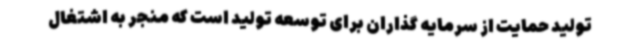
تولید حمایت از سرمایه گذاران برای توسعه تولید است که منجر به اشتغال